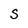
Character: S